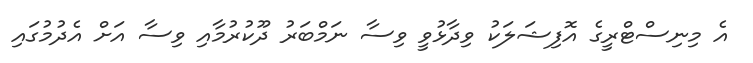
އެ މިނިސްޓްރީގެ އޮފިޝަލަކު ވިދާޅުވީ ވިސާ ނަމްބަރު ދޫކުރުމާއި ވިސާ އަށް އެދުމުގައި